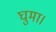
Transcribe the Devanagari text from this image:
घुमा।